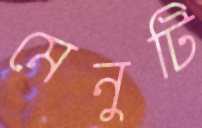
মেনুটি